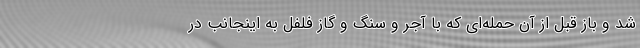
شد و باز قبل از آن حمله‌ای که با آجر و سنگ و گاز فلفل به اینجانب در